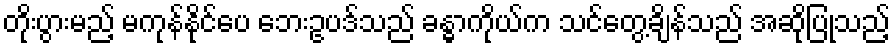
တိုးပွားမည့် မကုန်နိုင်ပေ ဘေးဥပဒ်သည် ခန္ဓာကိုယ်က သင်တွေ့ချိန်သည် အဆိုပြုသည့်